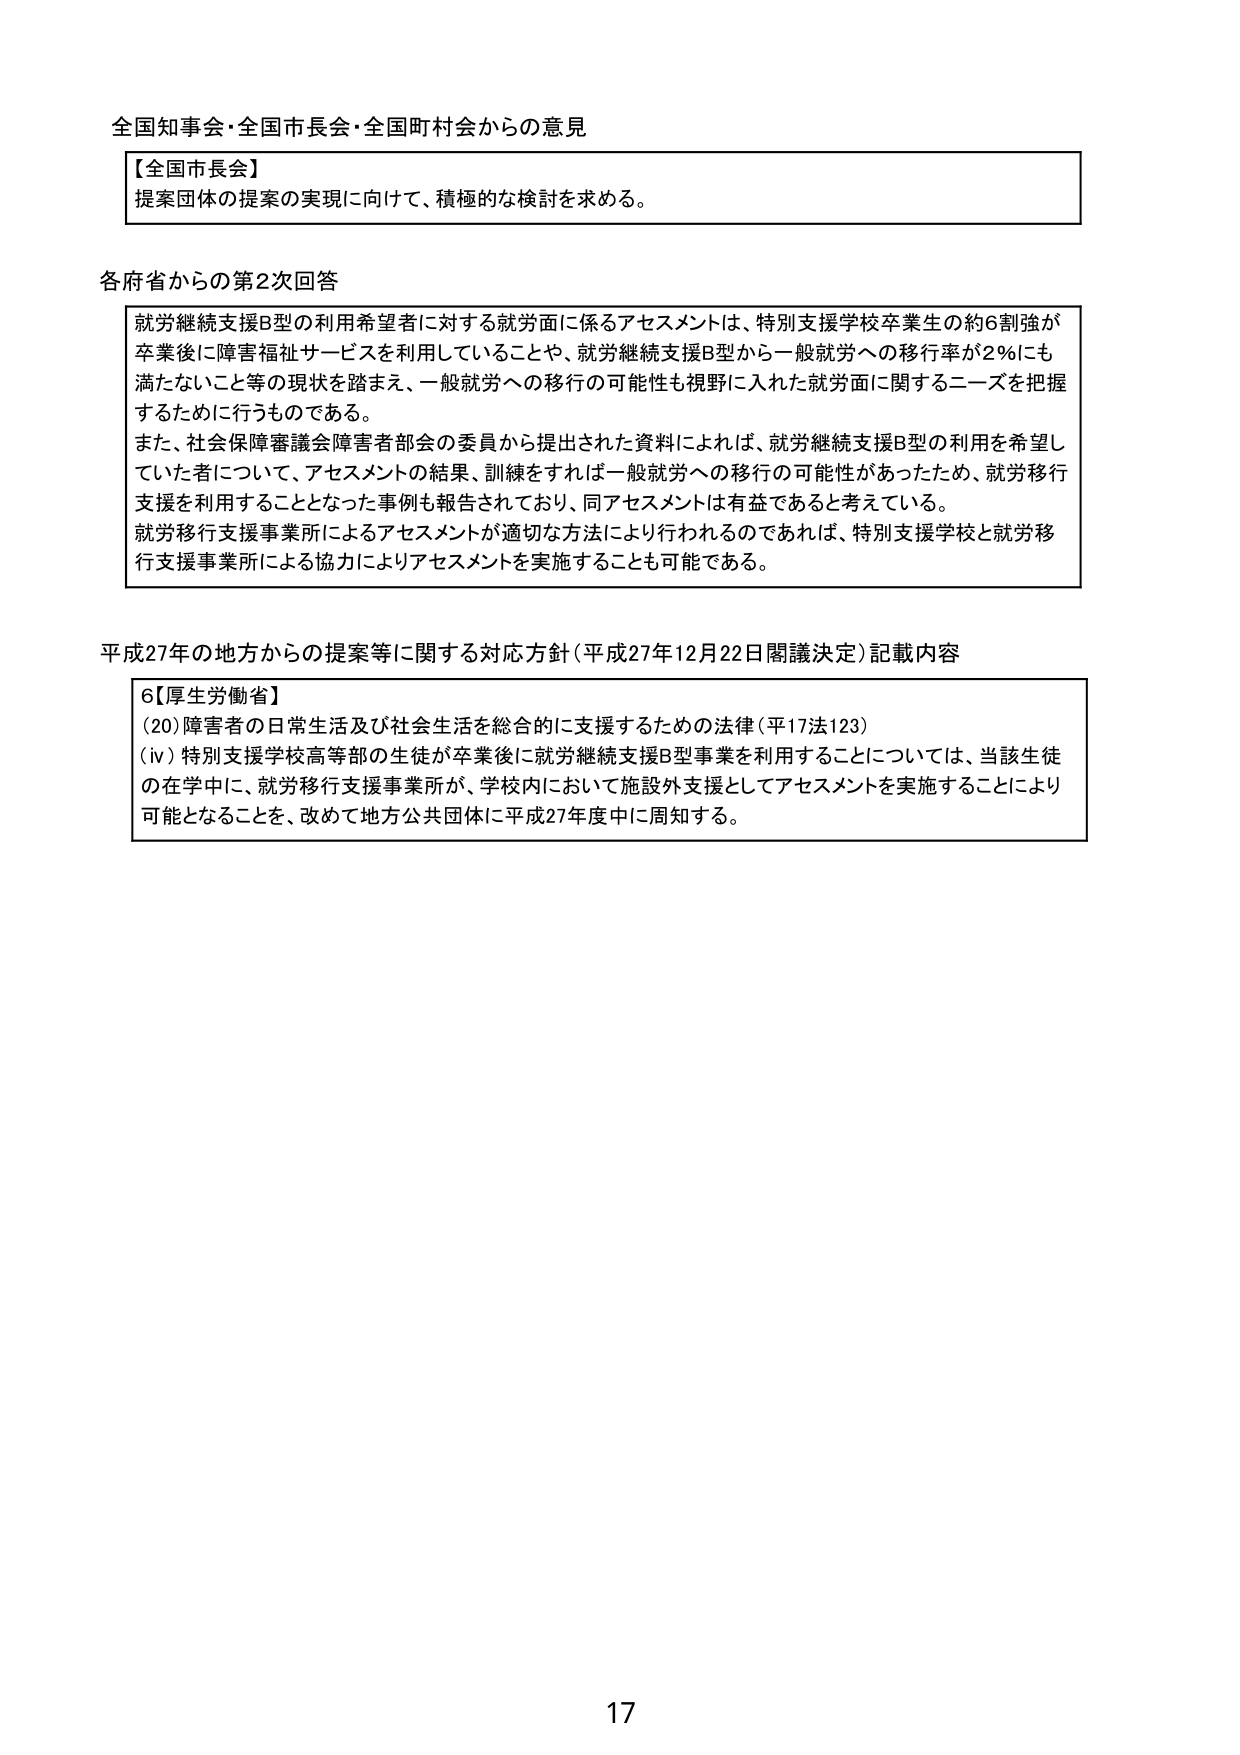
全国知事会・全国市長会・全国町村会からの意見

【全国市長会】
提案団体の提案の実現に向けて、積極的な検討を求める。

各府省からの第2次回答

就労継続支援B型の利用希望者に対する就労面に係るアセスメントは、特別支援学校卒業生の約6割強が卒業後に障害福祉サービス等を利用していることや、就労継続支援B型から一般就労への移行率が2％にも満たないこと等の現状を踏まえ、一般就労への移行の可能性も視野に入れた就労面に関するニーズを把握するために行うものである。
また、社会保障審議会障害者部会の委員から提出された資料によれば、就労継続支援B型の利用を希望していた者について、アセスメントの結果、訓練をすれば一般就労への移行の可能性があったため、就労移行支援を利用することとなった事例も報告されており、同アセスメントは有益であると考えている。
就労移行支援事業所によるアセスメントが適切な方法により行われるのであれば、特別支援学校と就労移行支援事業所による協力によりアセスメントを実施することも可能である。

平成27年の地方からの提案等に関する対応方針（平成27年12月22日閣議決定）記載内容

6【厚生労働省】
(20) 障害者の日常生活及び社会生活を総合的に支援するための法律（平17法123）
(iv) 特別支援学校高等部の生徒が卒業後に就労継続支援B型事業を利用することについては、当該生徒の在学中に、就労移行支援事業所が、学校内において施設外支援としてアセスメントを実施することにより可能となることを、改めて地方公共団体に平成27年度中に周知する。

17